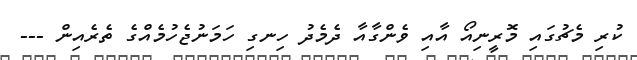
ކުރި މެޗުގައި މޮރީނިއޯ އާއި ވެންގާއާ ދެމެދު ހިނގި ހަމަނުޖެހުމެއްގެ ތެރެއިން ---